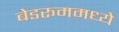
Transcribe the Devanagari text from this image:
बेडरूममध्ये